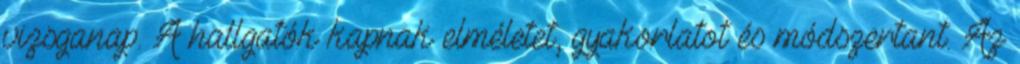
vizsganap. A hallgatók kapnak elméletet, gyakorlatot és módszertant. Az